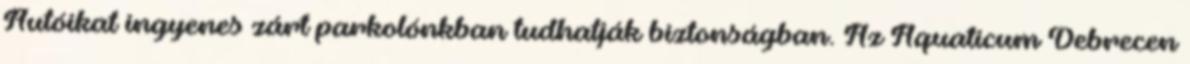
Autóikat ingyenes zárt parkolónkban tudhatják biztonságban. Az Aquaticum Debrecen